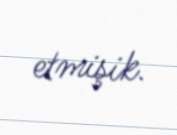
etmişik.